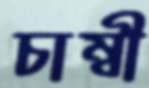
চাম্বী